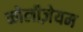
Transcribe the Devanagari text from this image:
कोलीज़ेयम